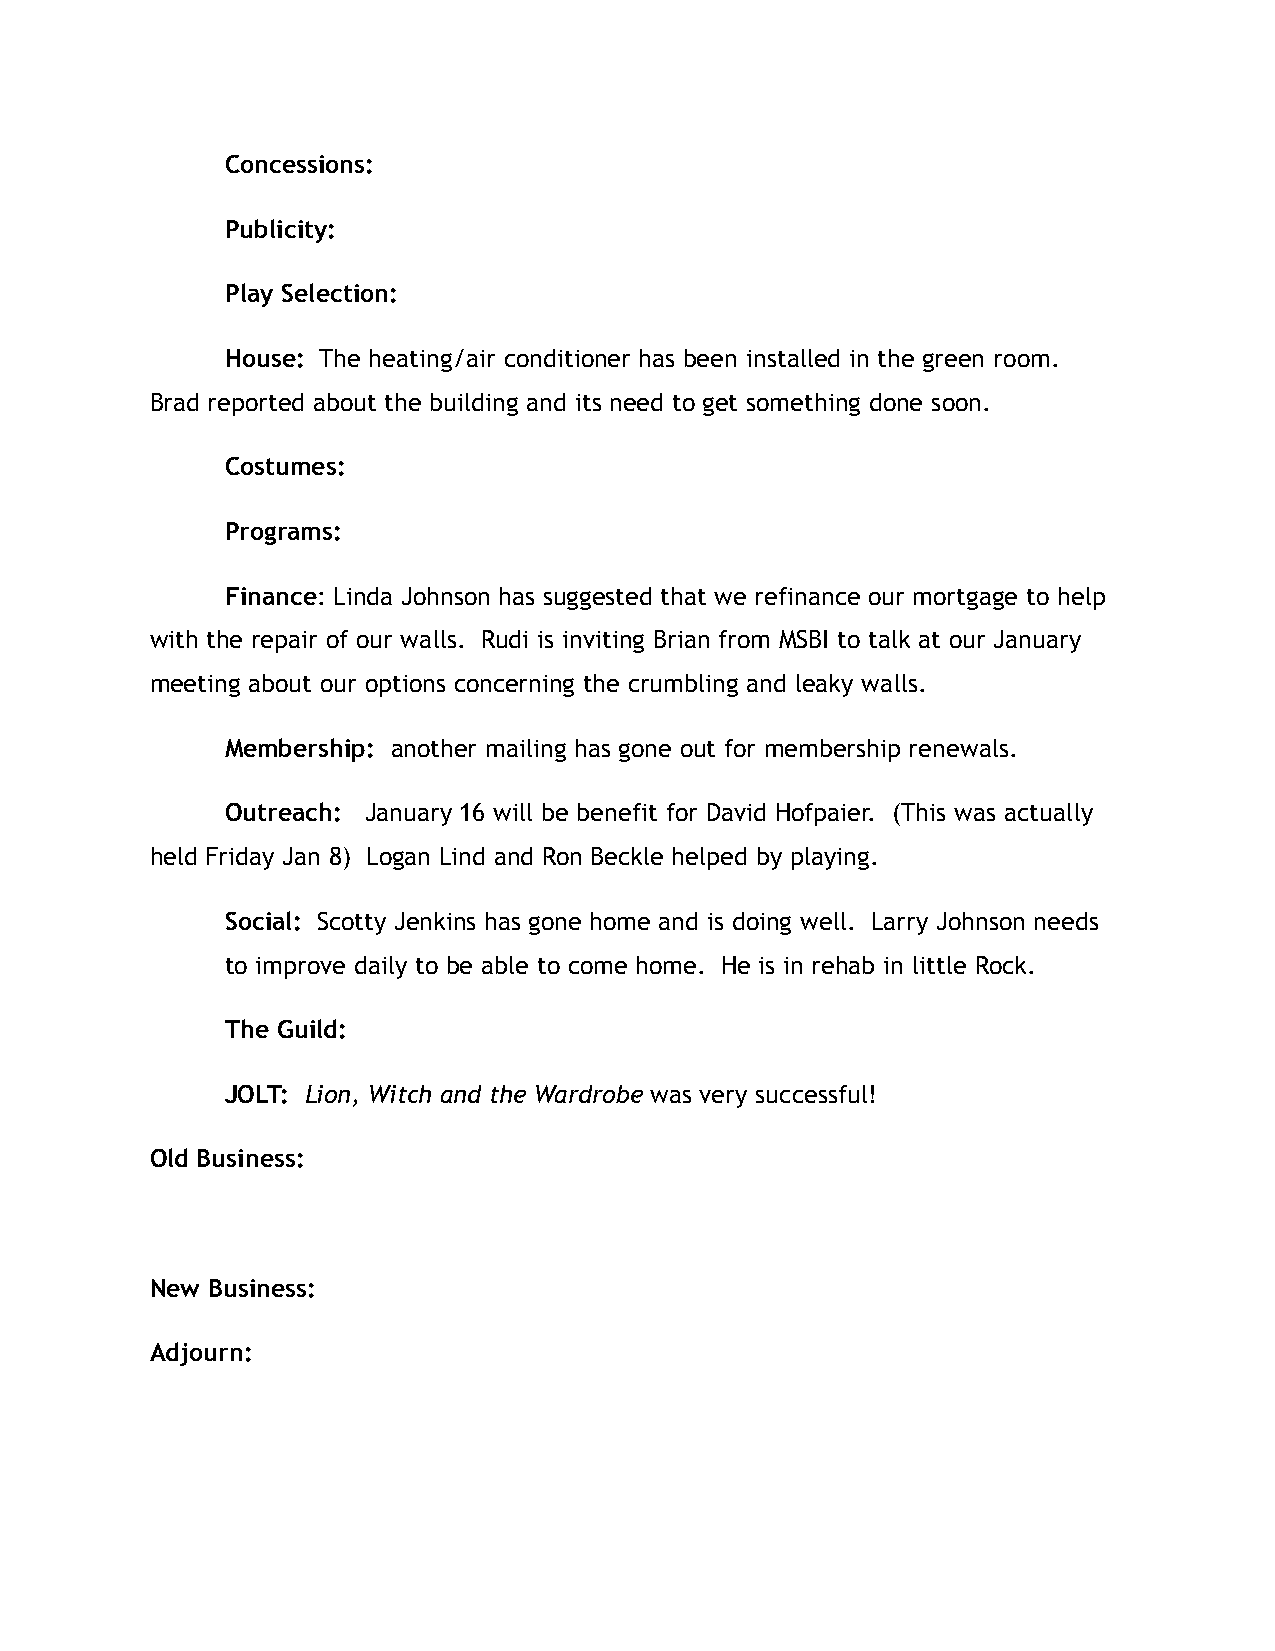
Concessions:
 Publicity:
 Play Selection:
 House: The heating/air conditioner has been installed in the green room.
 Brad reported about the building and its need to get something done soon.
 Costumes:
 Programs:
 Finance: Linda Johnson has suggested that we refinance our mortgage to help
 with the repair of our walls. Rudi is inviting Brian from MSBI to talk at our January
 meeting about our options concerning the crumbling and leaky walls.
 Membership: another mailing has gone out for membership renewals.
 Outreach: January 16 will be benefit for David Hofpaier. (This was actually
 held Friday Jan 8) Logan Lind and Ron Beckle helped by playing.
 Social: Scotty Jenkins has gone home and is doing well. Larry Johnson needs
 to improve daily to be able to come home. He is in rehab in little Rock.
 The Guild:
 JOLT: Lion, Witch and the Wardrobe was very successful!
 Old Business:
 New Business:
 Adjourn: